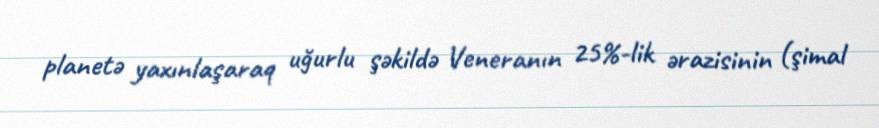
planetə yaxınlaşaraq uğurlu şəkildə Veneranın 25%-lik ərazisinin (şimal